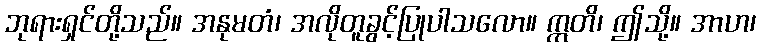
ဘုရားရှင်တို့သည်။ အနုမတံ၊ အလိုတူခွင့်ပြုပါသလော။ ဣတိ၊ ဤသို့။ အာဟ၊